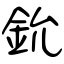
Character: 鈗